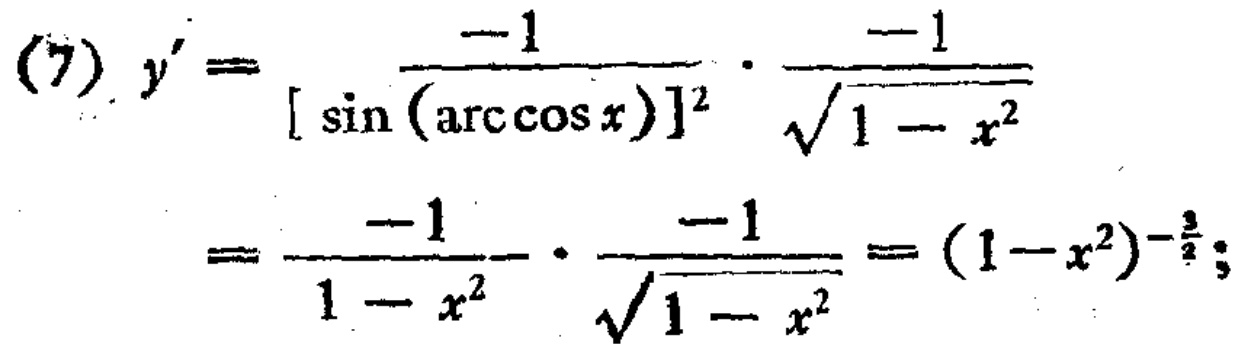
\[
\begin{align*}
(7)\ y'&=\frac{-1}{[\sin(\arccos x)]^{2}}\cdot\frac{-1}{\sqrt{1 - x^{2}}}\\
&=\frac{-1}{1 - x^{2}}\cdot\frac{-1}{\sqrt{1 - x^{2}}}=(1 - x^{2})^{-\frac{3}{2}};
\end{align*}
\]